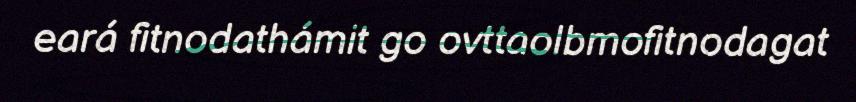
eará fitnodathámit go ovttaolbmofitnodagat